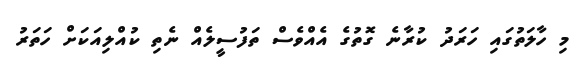
މި ހާލަތުގައި ހަރަދު ކުރާނެ ގޮތުގެ އެއްވެސް ތަފުސީލެއް ނެތި ކުއްލިއަކަށް ހަތަރު